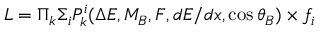
{ \cal L } = \Pi _ { k } \Sigma _ { i } P _ { k } ^ { i } ( \Delta E , M _ { B } , { \cal F } , d E / d x , \cos { \theta _ { B } } ) \times f _ { i }